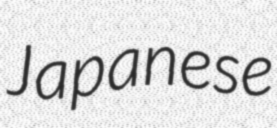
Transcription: Japanese